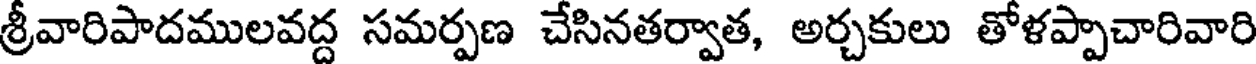
శ్రీవారిపాదములవద్ద సమర్పణ చేసినతర్వాత, అర్చకులు తోళప్పాచారివారి